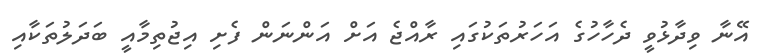
އޭނާ ވިދާޅުވީ ދެހާހުގެ އަހަރުތަކުގައި ރާއްޖެ އަށް އަންނަން ފެށި އިޖުތިމާއީ ބަދަލުތަކާއި